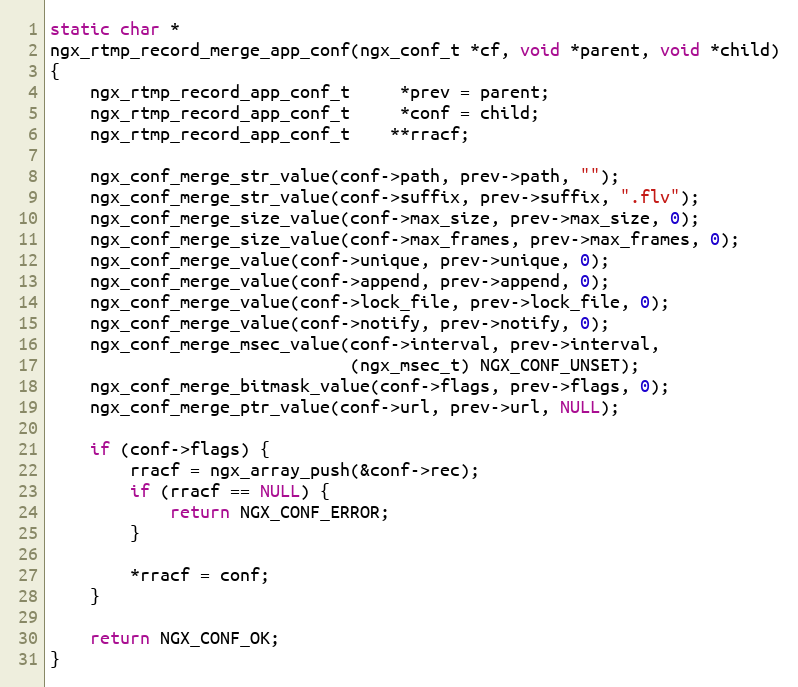
Language: C
static char *
ngx_rtmp_record_merge_app_conf(ngx_conf_t *cf, void *parent, void *child)
{
    ngx_rtmp_record_app_conf_t     *prev = parent;
    ngx_rtmp_record_app_conf_t     *conf = child;
    ngx_rtmp_record_app_conf_t    **rracf;

    ngx_conf_merge_str_value(conf->path, prev->path, "");
    ngx_conf_merge_str_value(conf->suffix, prev->suffix, ".flv");
    ngx_conf_merge_size_value(conf->max_size, prev->max_size, 0);
    ngx_conf_merge_size_value(conf->max_frames, prev->max_frames, 0);
    ngx_conf_merge_value(conf->unique, prev->unique, 0);
    ngx_conf_merge_value(conf->append, prev->append, 0);
    ngx_conf_merge_value(conf->lock_file, prev->lock_file, 0);
    ngx_conf_merge_value(conf->notify, prev->notify, 0);
    ngx_conf_merge_msec_value(conf->interval, prev->interval,
                              (ngx_msec_t) NGX_CONF_UNSET);
    ngx_conf_merge_bitmask_value(conf->flags, prev->flags, 0);
    ngx_conf_merge_ptr_value(conf->url, prev->url, NULL);

    if (conf->flags) {
        rracf = ngx_array_push(&conf->rec);
        if (rracf == NULL) {
            return NGX_CONF_ERROR;
        }

        *rracf = conf;
    }

    return NGX_CONF_OK;
}